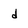
Character: d